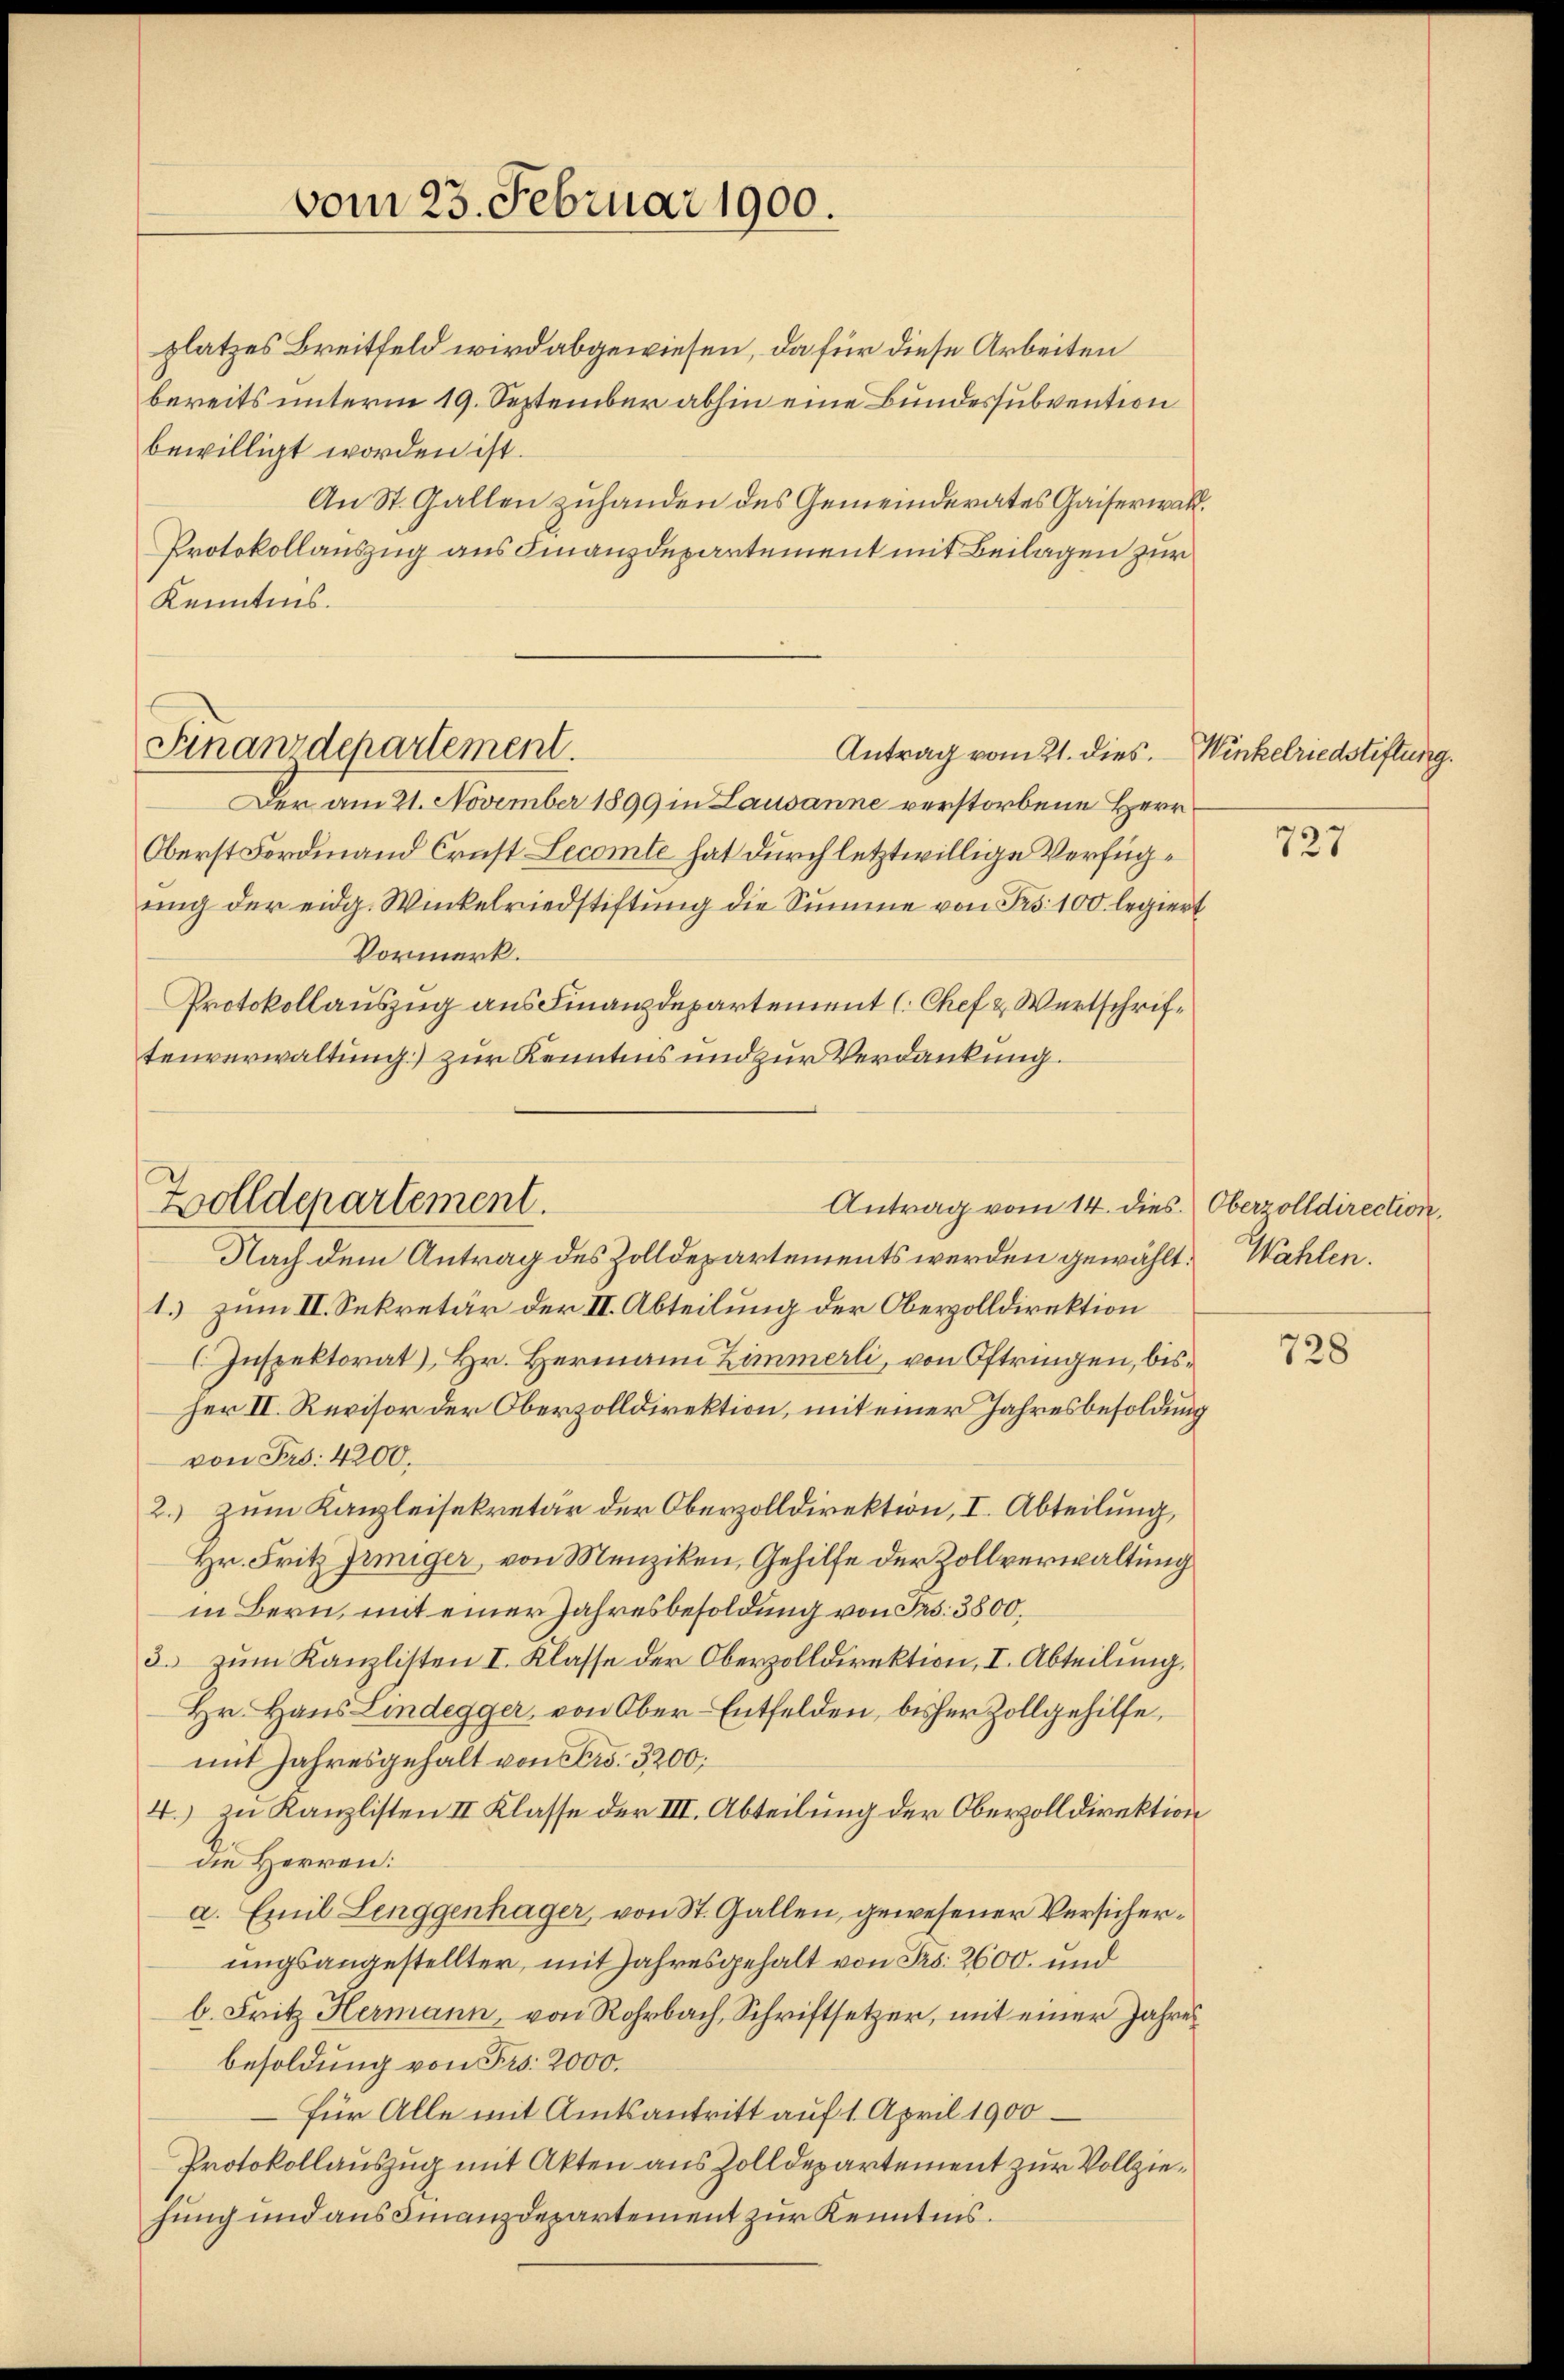
vom 23. Februar 1900.

platzes Breitfeld wird abgewiesen, da für diese Arbeiten
bereits unterm 19. September abhin eine Bundessubvention
bewilligt worden ist.
An St. Gallen zuhanden des Gemeinderates Gaiserwalt.
Protokollauszug aus Finanzdepartement mit Beilagen zur
Kenntnis.

Finanzdepartement.
Antrag vom 21. dies. Winkelriedstiftung.

Zolldepartement.
Antrag vom 14. dies Oberzolldirection.

Der am 21. November 1899 in Lausanne verstorbene Herr
Oberst Fordinand Crust Lecomte hat durch letztwillige Verfügung der eidg. Winkelriedstiftung die Summe von Fr. 100 legiert
Vormerk.
Protokollauszug aus Finanzdepartement (Chef & Wertschriftenverwaltung) zur Kenntnis und zur Verdankung.

Nach dem Antrag des Zolldepartements werden gewählt. Wahlen.
1. zum II. Sekretär der II. Abteilung der Oberzolldirektion
l. Inspektorat, Hr. Hermann Zimmerli, von Oftringen, bisher II. Revisor der Oberzolldirektion, mit einer Jahresbesoldung
von Fr. 4200.
2.) zum Kanzleisekretär der Oberzolldirektion, I. Abteilung,
Hr. Fritz Irmiger, von Menziken, Gehilfe der Zollverwaltung
in Bern, mit einer Jahresbesoldung von Frs. 3800.
3. zum Kanzlisten I. Klasse der Oberzolldirektion, I. Abteilung,
Hr. Haus Lindegger, von Ober-Entfelden, bisher Zollgehilfe,
mit Jahresgehalt von Fr. 3200;
4.) zu Kanzlisten II Klasse der III. Abteilung der Oberzolldirektion
die Herren:
a. Emil Lenggenhäger, von St. Gallen, gewesener Versicherungsangestellter, mit Jahresgehalt von Frs. 2600. und
b. Fritz Hermann, von Rohrbach, Schriftsetzer, mit einer Jahres
besoldung von Frs. 2000.
für Alle mit Amtsantritt auf 1. April 1900
Protokollauszug mit Akten aus Zolldepartement zur Vollziehung und aus Finanzdepartement zur Kenntnis.

727

728